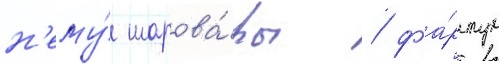
н'ему́ шарова́ры / фа́ртук